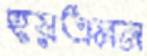
হয়এমন